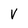
Character: V